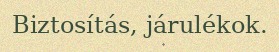
Biztosítás, járulékok.